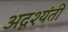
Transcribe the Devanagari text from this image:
अदृश्यंती